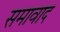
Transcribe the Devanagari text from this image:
समावाद